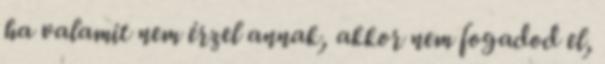
ha valamit nem érzel annak, akkor nem fogadod el,